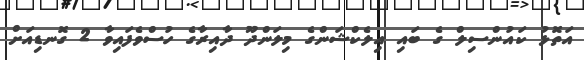
އަތޮޅު ކައުންސިލް ގެ ބައި އިލެކްޝަންގެ މިލަންދޫ ދާއިރާގެ ހުސްވެފައިވާ 2 ގޮނޑިއަށް